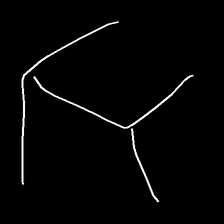
Glyph: gather